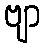
ဗျာ